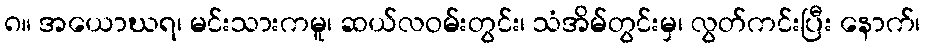
၈။ အယောဃရ၊ မင်းသားကမူ၊ ဆယ်လဝမ်းတွင်း၊ သံအိမ်တွင်းမှ၊ လွတ်ကင်းပြီး နောက်၊